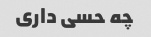
چه حسی داری